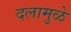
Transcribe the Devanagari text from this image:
दलामुळे